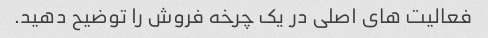
فعالیت های اصلی در یک چرخه فروش را توضیح دهید.